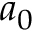
a _ { 0 }